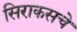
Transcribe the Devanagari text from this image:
सिराकसचे